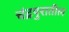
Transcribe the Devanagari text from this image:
चंद्रपुरातील